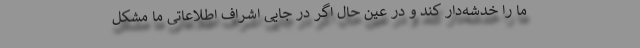
ما را خدشه‌دار کند و در عین حال اگر در جایی اشراف اطلاعاتی ما مشکل